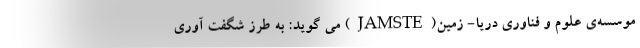
موسسه‌ی علوم و فناوری دریا- زمین(JAMSTE) می گوید: به طرز شگفت آوری